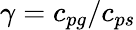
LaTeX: \gamma=c_{pg}/c_{ps}